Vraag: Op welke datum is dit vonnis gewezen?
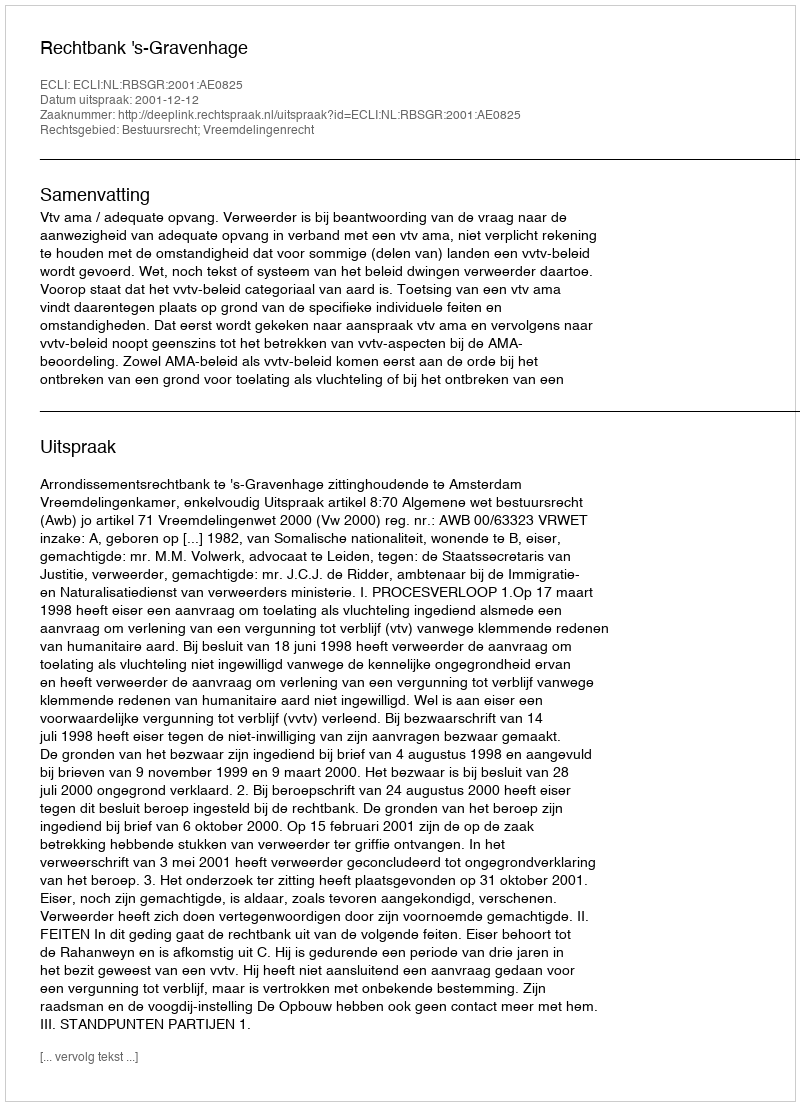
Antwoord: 2001-12-12